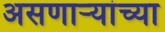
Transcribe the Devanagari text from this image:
असणाऱ्यांच्या